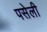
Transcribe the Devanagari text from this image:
पसेली